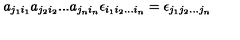
a _ { j _ { 1 } i _ { 1 } } a _ { j _ { 2 } i _ { 2 } } . . . a _ { j _ { n } i _ { n } } \epsilon _ { i _ { 1 } i _ { 2 } . . . i _ { n } } = \epsilon _ { j _ { 1 } j _ { 2 } . . . j _ { n } }